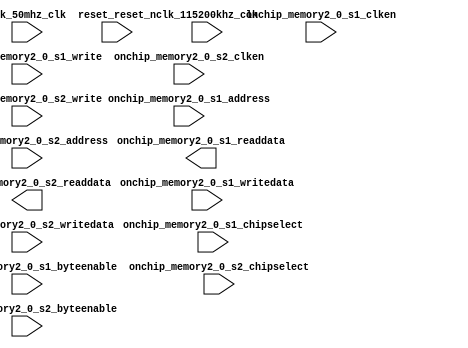

module RAM_FFT (
	clk_115200khz_clk,
	clk_50mhz_clk,
	onchip_memory2_0_s1_address,
	onchip_memory2_0_s1_clken,
	onchip_memory2_0_s1_chipselect,
	onchip_memory2_0_s1_write,
	onchip_memory2_0_s1_readdata,
	onchip_memory2_0_s1_writedata,
	onchip_memory2_0_s1_byteenable,
	onchip_memory2_0_s2_address,
	onchip_memory2_0_s2_chipselect,
	onchip_memory2_0_s2_clken,
	onchip_memory2_0_s2_write,
	onchip_memory2_0_s2_readdata,
	onchip_memory2_0_s2_writedata,
	onchip_memory2_0_s2_byteenable,
	reset_reset_n);	

	input		clk_115200khz_clk;
	input		clk_50mhz_clk;
	input	[10:0]	onchip_memory2_0_s1_address;
	input		onchip_memory2_0_s1_clken;
	input		onchip_memory2_0_s1_chipselect;
	input		onchip_memory2_0_s1_write;
	output	[31:0]	onchip_memory2_0_s1_readdata;
	input	[31:0]	onchip_memory2_0_s1_writedata;
	input	[3:0]	onchip_memory2_0_s1_byteenable;
	input	[10:0]	onchip_memory2_0_s2_address;
	input		onchip_memory2_0_s2_chipselect;
	input		onchip_memory2_0_s2_clken;
	input		onchip_memory2_0_s2_write;
	output	[31:0]	onchip_memory2_0_s2_readdata;
	input	[31:0]	onchip_memory2_0_s2_writedata;
	input	[3:0]	onchip_memory2_0_s2_byteenable;
	input		reset_reset_n;
endmodule